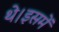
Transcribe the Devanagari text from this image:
थे।इसमें